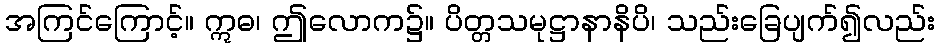
အကြင်ကြောင့်။ ဣဓ၊ ဤလောက၌။ ပိတ္တသမုဋ္ဌာနာနိပိ၊ သည်းခြေပျက်၍လည်း